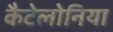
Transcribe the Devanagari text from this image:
कैटेलोनिया